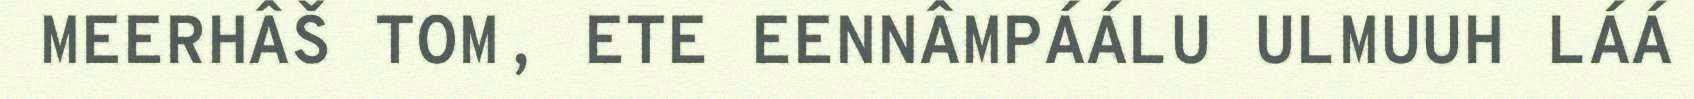
MEERHÂŠ TOM, ETE EENNÂMPÁÁLU ULMUUH LÁÁ